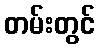
တမ်းတွင်